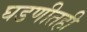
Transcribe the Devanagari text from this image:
घडणीतही